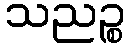
သညဉ္စ